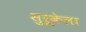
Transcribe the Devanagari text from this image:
सुरूकेला